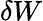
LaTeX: \delta W